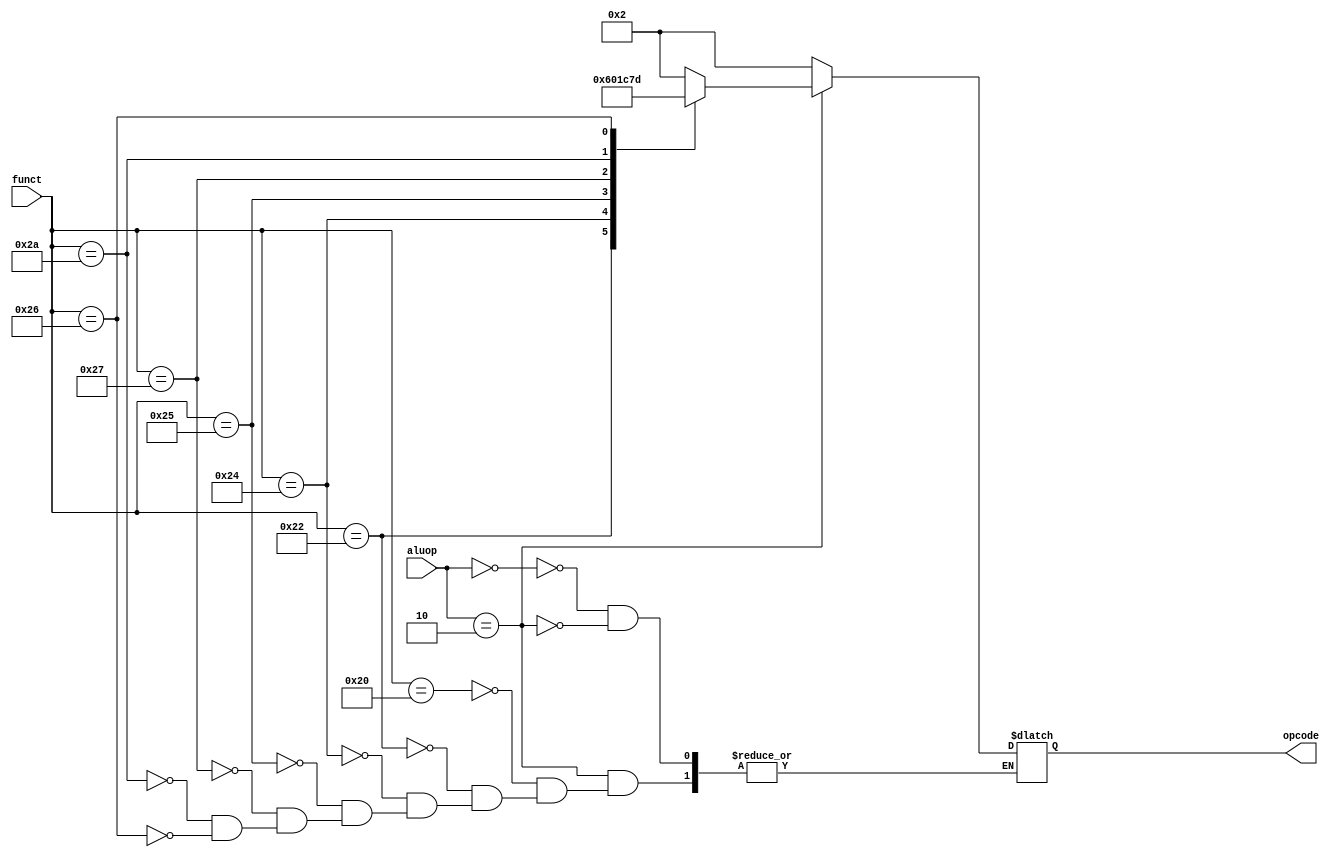
module alucontrol(funct, aluop, opcode);
	
	input 		[5:0] funct;
	input 		[1:0] aluop;
	output reg 	[3:0] opcode;

always @ (funct or aluop) begin

	case (aluop)

		2'b00: opcode <= 4'b0010;
		2'b10: begin
				case (funct)
					6'b100000: opcode <= 4'b0010;
					6'b100010: opcode <= 4'b0110;
					6'b100100: opcode <= 4'b0000;
					6'b100101: opcode <= 4'b0001;
					6'b100111: opcode <= 4'b1100;
					6'b101010: opcode <= 4'b0111;
					6'b100110: opcode <= 4'b1101;
					endcase
				end
		endcase
	end
endmodule